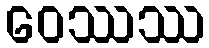
ဝေဿဿ